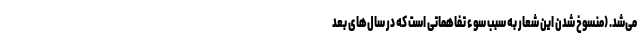
می‌شد. (منسوخ شدن این شعار به سبب سوء تفاهماتی است که در سال‌های بعد